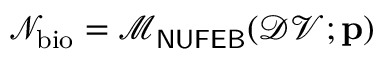
\mathcal { N } _ { \mathrm { b i o } } = \mathcal { M } _ { \sf N U F E B } ( \mathcal { D V } ; \mathbf { p } )